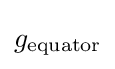
g_{\mathrm {equator} }